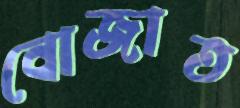
বোজাত